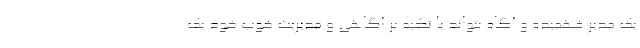
یک مدیر فهمیده و آگاه بتواند با تکیه بر آگاهی و مدیریت خوب خود یک